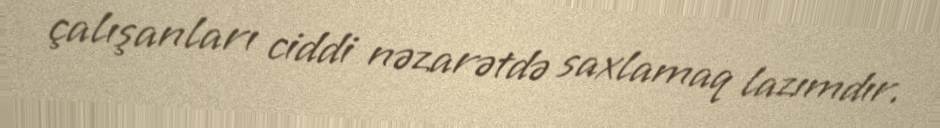
çalışanları ciddi nəzarətdə saxlamaq lazımdır.